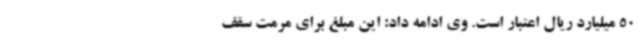
50 میلیارد ریال اعتبار است. وی ادامه داد: این مبلغ برای مرمت سقف